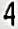
4